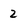
Character: 2